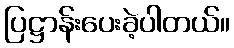
ပြဋ္ဌာန်းပေးခဲ့ပါတယ်။